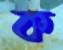
ক